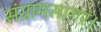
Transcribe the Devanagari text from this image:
संग्रामसागर।